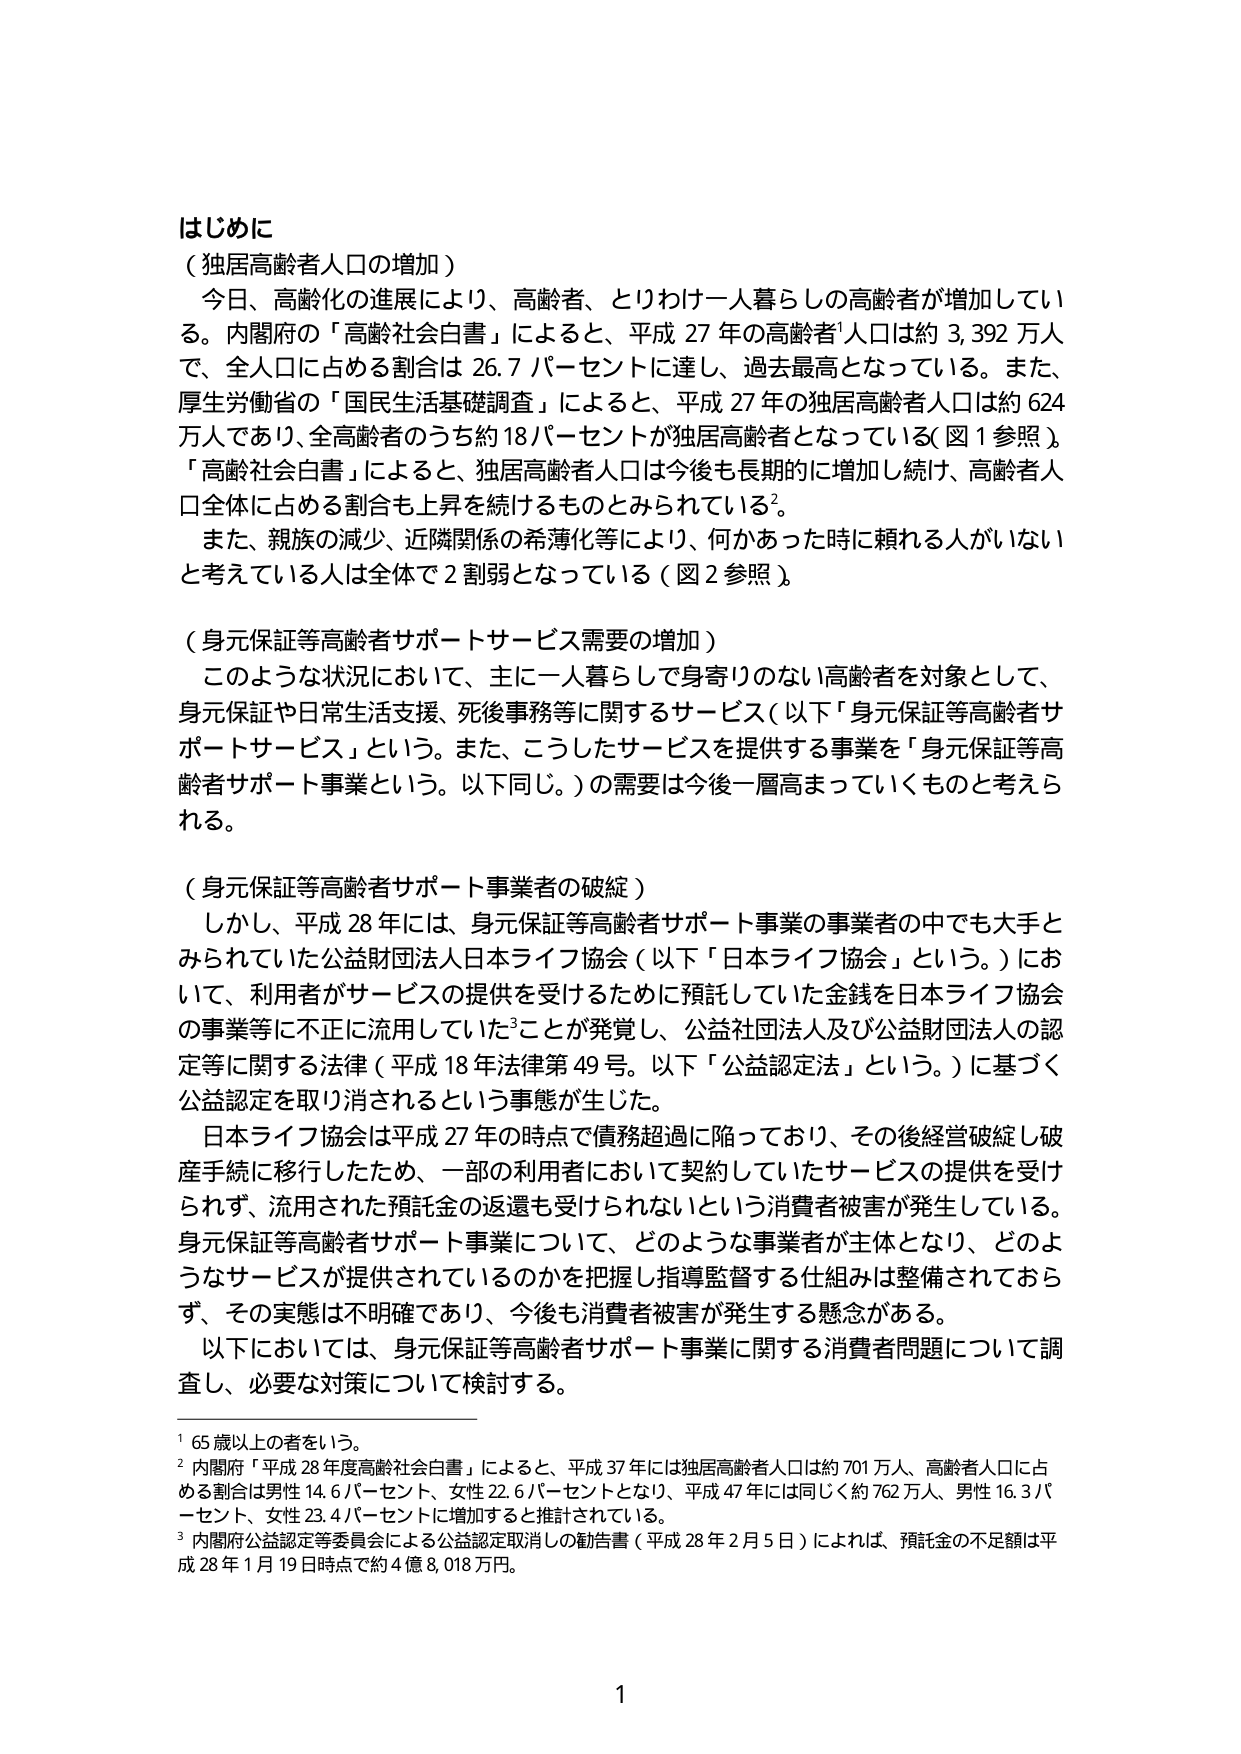
はじめに
（独居高齢者人口の増加）
今日、高齢化の進展により、高齢者、とりわけ一人暮らしの高齢者が増加している。内閣府の「高齢社会白書」によると、平成27年の高齢者¹人口は約3,392万人で、全人口に占める割合は26.7パーセントに達し、過去最高となっている。また、厚生労働省の「国民生活基礎調査」によると、平成27年の独居高齢者人口は約624万人であり、全高齢者のうち約18パーセントが独居高齢者となっている（図1参照）。
「高齢社会白書」によると、独居高齢者人口は今後も長期的に増加し続け、高齢者人口全体に占める割合も上昇を続けるものとみられている²。
また、親族の減少、近隣関係の希薄化等により、何かあった時に頼れる人がいないと考えている人は全体で2割弱となっている（図2参照）。

（身元保証等高齢者サポートサービス需要の増加）
このような状況において、主に一人暮らしで身寄りのない高齢者を対象として、身元保証や日常生活支援、死後事務等に関するサービス（以下「身元保証等高齢者サポートサービス」という。また、こうしたサービスを提供する事業を「身元保証等高齢者サポート事業」という。以下同じ。）の需要は今後一層高まっていくものと考えられる。

（身元保証等高齢者サポート事業者の破綻）
しかし、平成28年には、身元保証等高齢者サポート事業の事業者の中でも大手とみられていた公益財団法人日本ライフ協会（以下「日本ライフ協会」という。）において、利用者がサービスの提供を受けるために預託していた金銭を日本ライフ協会の事業等に不正に流用していた³ことが発覚し、公益社団法人及び公益財団法人の認定等に関する法律（平成18年法律第49号。以下「公益認定法」という。）に基づく公益認定を取り消されるという事態が生じた。
日本ライフ協会は平成27年の時点で債務超過に陥っており、その後経営破綻し破産手続に移行したため、一部の利用者において契約していたサービスの提供を受けられず、流用された預託金の返還も受けられないという消費者被害が発生している。身元保証等高齢者サポート事業について、どのような事業者が主体となり、どのようなサービスが提供されているのかを把握し指導監督する仕組みは整備されておらず、その実態は不明確であり、今後も消費者被害が発生する懸念がある。
以下においては、身元保証等高齢者サポート事業に関する消費者問題について調査し、必要な対策について検討する。

¹ 65歳以上の者をいう。
² 内閣府「平成28年度高齢社会白書」によると、平成37年には独居高齢者人口は約701万人、高齢者人口に占める割合は男性14.6パーセント、女性22.6パーセントとなり、平成47年には同じく約762万人、男性16.3パーセント、女性23.4パーセントに増加すると推計されている。
³ 内閣府公益認定等委員会による公益認定取消しの勧告書（平成28年2月5日）によれば、預託金の不足額は平成28年1月19日時点で約4億8,018万円。

1